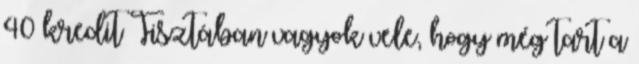
40 kredit Tisztában vagyok vele, hogy még tart a